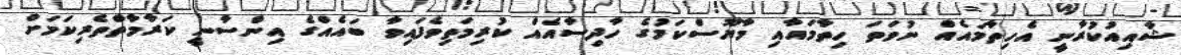
ޝާއިއުކުރާނީ އެހިތާމައެއް ނުވަތަ ހިތާމައާއި މާޔޫސްކަމުގެ ހާދިސާއެއް ކުރިމަތިވެފައިވާ ބައެއްގެ އިންސާނީ ކަރާމާތްތެރިކަމަށް